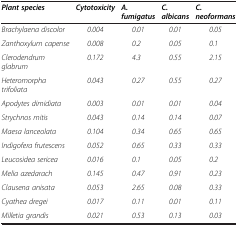
| Plant species | Cytotoxicity | A. fumigatus | C. albicans | C. neoformans |
 | --- | --- | --- | --- | --- |
 | Brachylaena discolor | 0.004 | 0.01 | 0.01 | 0.05 |
 | Zanthoxylum capense | 0.008 | 0.2 | 0.05 | 0.1 |
 | Clerodendrum glabrum | 0.172 | 4.3 | 0.55 | 2.15 |
 | Heteromorpha trifoliata | 0.043 | 0.27 | 0.55 | 0.27 |
 | Apodytes dimidiata | 0.003 | 0.01 | 0.01 | 0.04 |
 | Strychnos mitis | 0.043 | 0.14 | 0.14 | 0.07 |
 | Maesa lanceolata | 0.104 | 0.34 | 0.65 | 0.65 |
 | Indigofera frutescens | 0.052 | 0.65 | 0.33 | 0.33 |
 | Leucosidea sericea | 0.016 | 0.1 | 0.05 | 0.2 |
 | Melia azedarach | 0.145 | 0.47 | 0.91 | 0.23 |
 | Clausena anisata | 0.053 | 2.65 | 0.08 | 0.33 |
 | Cyathea dregei | 0.017 | 0.11 | 0.01 | 0.11 |
 | Milletia grandis | 0.021 | 0.53 | 0.13 | 0.03 |